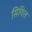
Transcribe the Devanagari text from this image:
सिगिल